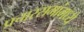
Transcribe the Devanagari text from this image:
प्रचारसभांमध्ये